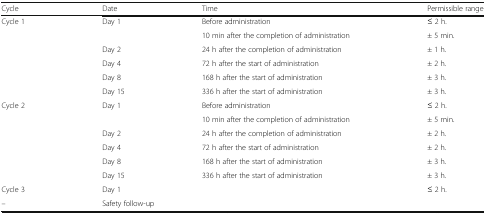
<table><thead><tr><td><b>Cycle</b></td><td><b>Date</b></td><td><b>Time</b></td><td><b>Permissible range</b></td></tr></thead><tbody><tr><td rowspan="6">Cycle 1</td><td rowspan="2">Day 1</td><td>Before administration</td><td>≤ 2 h.</td></tr><tr><td>10 min after the completion of administration</td><td>± 5 min.</td></tr><tr><td>Day 2</td><td>24 h after the completion of administration</td><td>± 1 h.</td></tr><tr><td>Day 4</td><td>72 h after the start of administration</td><td>± 2 h.</td></tr><tr><td>Day 8</td><td>168 h after the start of administration</td><td>± 3 h.</td></tr><tr><td>Day 15</td><td>336 h after the start of administration</td><td>± 3 h.</td></tr><tr><td rowspan="6">Cycle 2</td><td rowspan="2">Day 1</td><td>Before administration</td><td>≤ 2 h.</td></tr><tr><td>10 min after the completion of administration</td><td>± 5 min.</td></tr><tr><td>Day 2</td><td>24 h after the completion of administration</td><td>± 2 h.</td></tr><tr><td>Day 4</td><td>72 h after the start of administration</td><td>± 2 h.</td></tr><tr><td>Day 8</td><td>168 h after the start of administration</td><td>± 3 h.</td></tr><tr><td>Day 15</td><td>336 h after the start of administration</td><td>± 3 h.</td></tr><tr><td>Cycle 3</td><td>Day 1</td><td></td><td>≤ 2 h.</td></tr><tr><td>–</td><td colspan="3">Safety follow-up</td></tr></tbody></table>